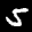
Label: 5